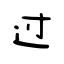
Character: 过